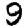
Digit: 9